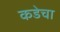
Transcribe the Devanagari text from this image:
कडेचा